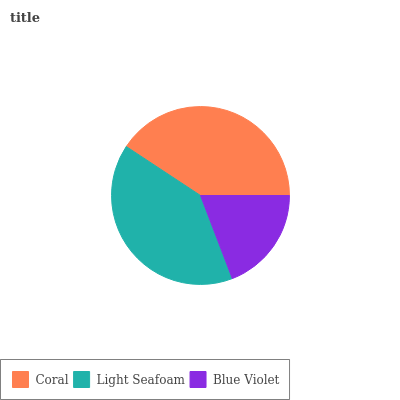
| Coral | Light Seafoam | Blue Violet |
 | --- | --- | --- |
 | 40.7% | 40.1% | 19.2% |